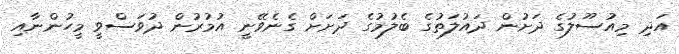
އަދި މިއުސޫލުގެ ދަށުން ދައުލަތުގެ ބެލުމުގެ ދަށަށް ގެނެވޭނީ އުމުރުން ދުވަސްވީ މީހުންނާއި